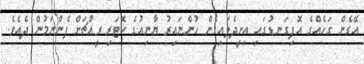
އޭގެން ގަހެއްގެ އޮފިގަނޑުގައި އިށީދެލައިގެން ހުންނައިރު ޔާނިއުގެ ކޮޓަރި ރީއްޗަށް ފެންނަމުން ދެއެވެ.